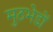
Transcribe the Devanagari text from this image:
मुठभेडों